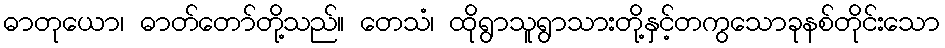
ဓာတုယော၊ ဓာတ်တော်တို့သည်။ တေသံ၊ ထိုရွာသူရွာသားတို့နှင့်တကွသောခုနစ်တိုင်းသော